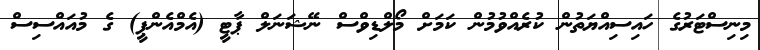
މިނިސްޓަރުގެ ހައިސިއްޔަތުން ކުރެއްވުމުން ކަމަށް މޯލްޑިވްސް ނޭޝަނަލް ޕާޓީ (އެމްއެންޕީ) ގެ މުއައްސިސް